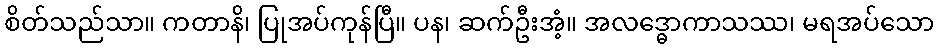
စိတ်သည်သာ။ ကတာနိ၊ ပြုအပ်ကုန်ပြီ။ ပန၊ ဆက်ဦးအံ့။ အလဒ္ဓောကာသဿ၊ မရအပ်သော